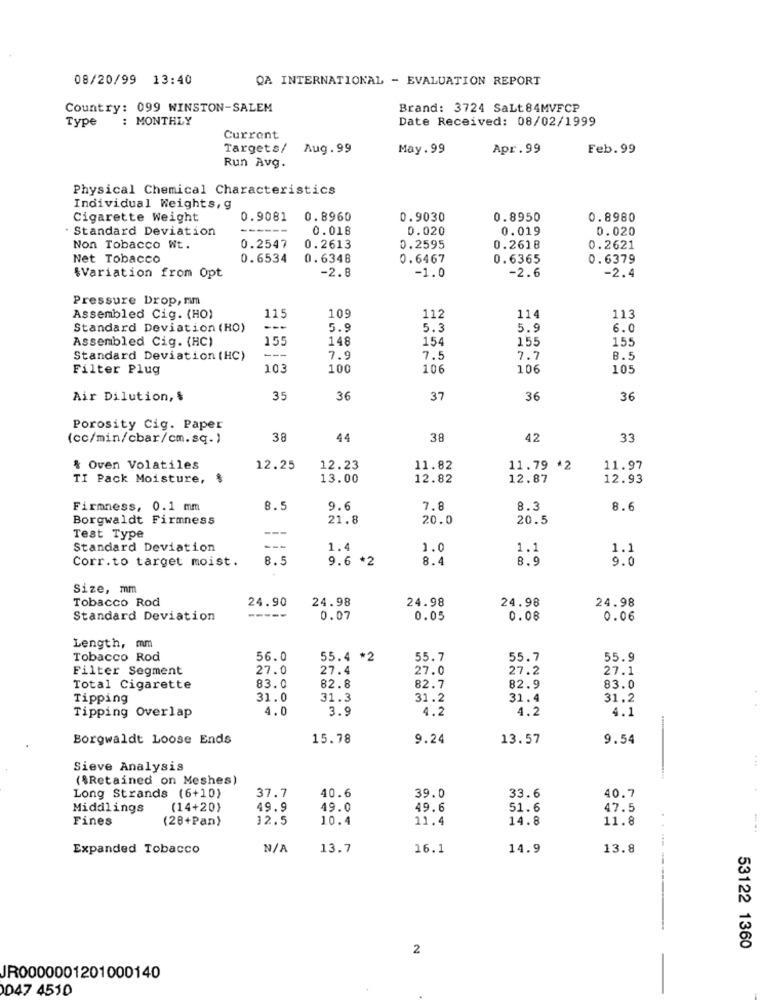
08/20/99 13:40
QA INTERNATIONAL - EVALUATION REPORT
Country: 099 WINSTON-SALEM
Brand: 3724 SaLt 84MVFCP
Type
: MONTHLY
Date Received: 08/02/1999
Current
Targets/
Aug. 99
May.99
Apr.99
Feb.99
Run Avg.
Physical Chemical Characteristics
Individual Weights, g
Cigarette Weight
0.9081
0.8960
0.9030
0.8950
0.8980
. Standard Deviation
0.018
0.020
0.019
0.020
Non Tobacco Wt.
0.2547
0.2613
0.2595
0.2618
0.2621
Net Tobacco
0.6534
0.6348
0.6467
0.6365
0.6379
-2.8
*Variation from Opt
-1.0
-2.6
-2.4
Pressure Drop, rim
115
109
Assembled Cig. (HO)
112
114
113
Standard Deviation (HO)
- --
5.9
5.3
5.9
6.0
Assembled Cig. (HC)
155
148
154
155
155
---
Standard Deviation (HC)
7.9
7.5
7.7
8.5
Filter Plug
103
100
106
10
105
Air Dilution, $
35
36
37
36
36
Porosity Cig. Paper
(cc/min/cbar/cm.sq.)
38
44
38
42
33
& Oven Volatiles
12.25
12.23
11.82
11.79 *2
11.97
TI Pack Moisture,
13.00
12.82
12.87
12.93
Firmness, 0.1 mm
8.5
9.6
7.8
8.3
8.6
Borgwaldt Firmness
21.8
20.0
20.5
Test Type
Standard Deviation
1.4
1.0
1.1
1.1
Corr.to target moist.
8.5
9.6 *2
8.4
8.9
9.0
Size, mm
Tobacco Rod
24.90
24.98
24.98
24.98
24.98
Standard Deviation
0.07
0.05
0.08
0.06
Length, mm
Tobacco Rod
56.0
55.4 *2
55.7
55.7
55.9
Filter Segment
27.0
27.4
27.0
27.2
27.1
Total Cigarette
83.0
82.8
82.7
82.9
83.0
Tipping
31.0
31.3
31.2
31.4
31.2
Tipping Overlap
4.0
3.9
4.2
4.2
4.1
Borgwaldt Loose Ends
15.78
9.24
13.57
9.54
Sieve Analysis
($Retained on Meshes)
37.7
40.6
39.0
33.6
Long Strands (6+10)
40.7
Middlings
(14+20)
49.9
49.0
49.6
51.6
47.5
Fines
(28+Pan)
12.5
10.4
11.4
14.8
11.8
-..
Expanded Tobacco
13.7
16.1
14.9
13.8
2
53122 1360
JR0000001201000140
047 4510